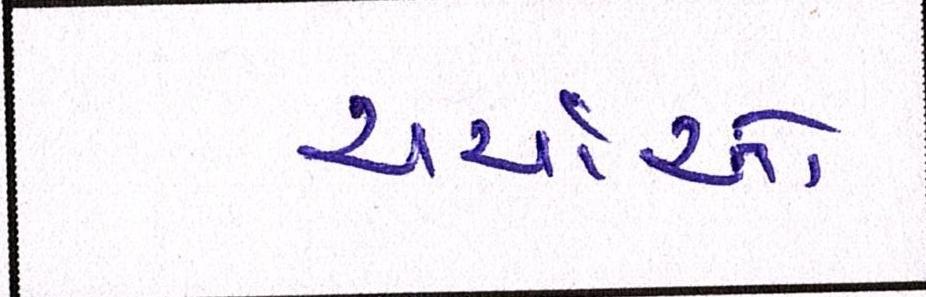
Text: ચર્ચાઓ